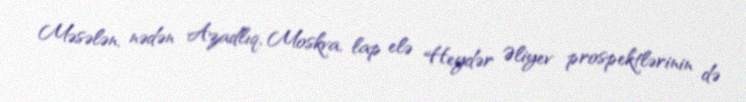
Məsələn, nədən Azadlıq, Moskva, lap elə Heydər Əliyev prospektlərinin də